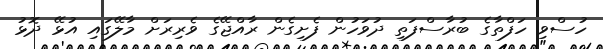
ހުސްވި ހަފްތާގެ ބުރާސްފަތި ދުވަހުން ފެށިގެން ރާއްޖޭގެ ވެރިރަށް މާލޭގައި އުޅޭ ދޮޅު